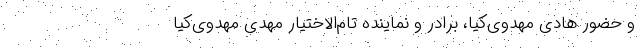
و حضور هادی مهدوی‌کیا، برادر و نماینده تام‌الاختیار مهدی مهدوی‌کیا